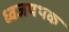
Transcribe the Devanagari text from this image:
ध्वजपथक